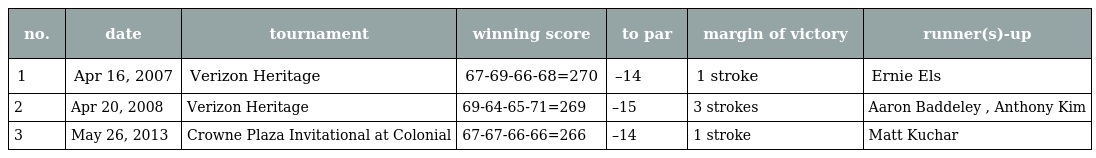
| no. | date | tournament | winning score | to par | margin of victory | runner(s)-up |
 | --- | --- | --- | --- | --- | --- | --- |
 | 1 | Apr 16, 2007 | Verizon Heritage | 67-69-66-68=270 | –14 | 1 stroke | Ernie Els |
 | 2 | Apr 20, 2008 | Verizon Heritage | 69-64-65-71=269 | –15 | 3 strokes | Aaron Baddeley , Anthony Kim |
 | 3 | May 26, 2013 | Crowne Plaza Invitational at Colonial | 67-67-66-66=266 | –14 | 1 stroke | Matt Kuchar |